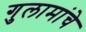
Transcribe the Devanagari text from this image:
गुलामांचे